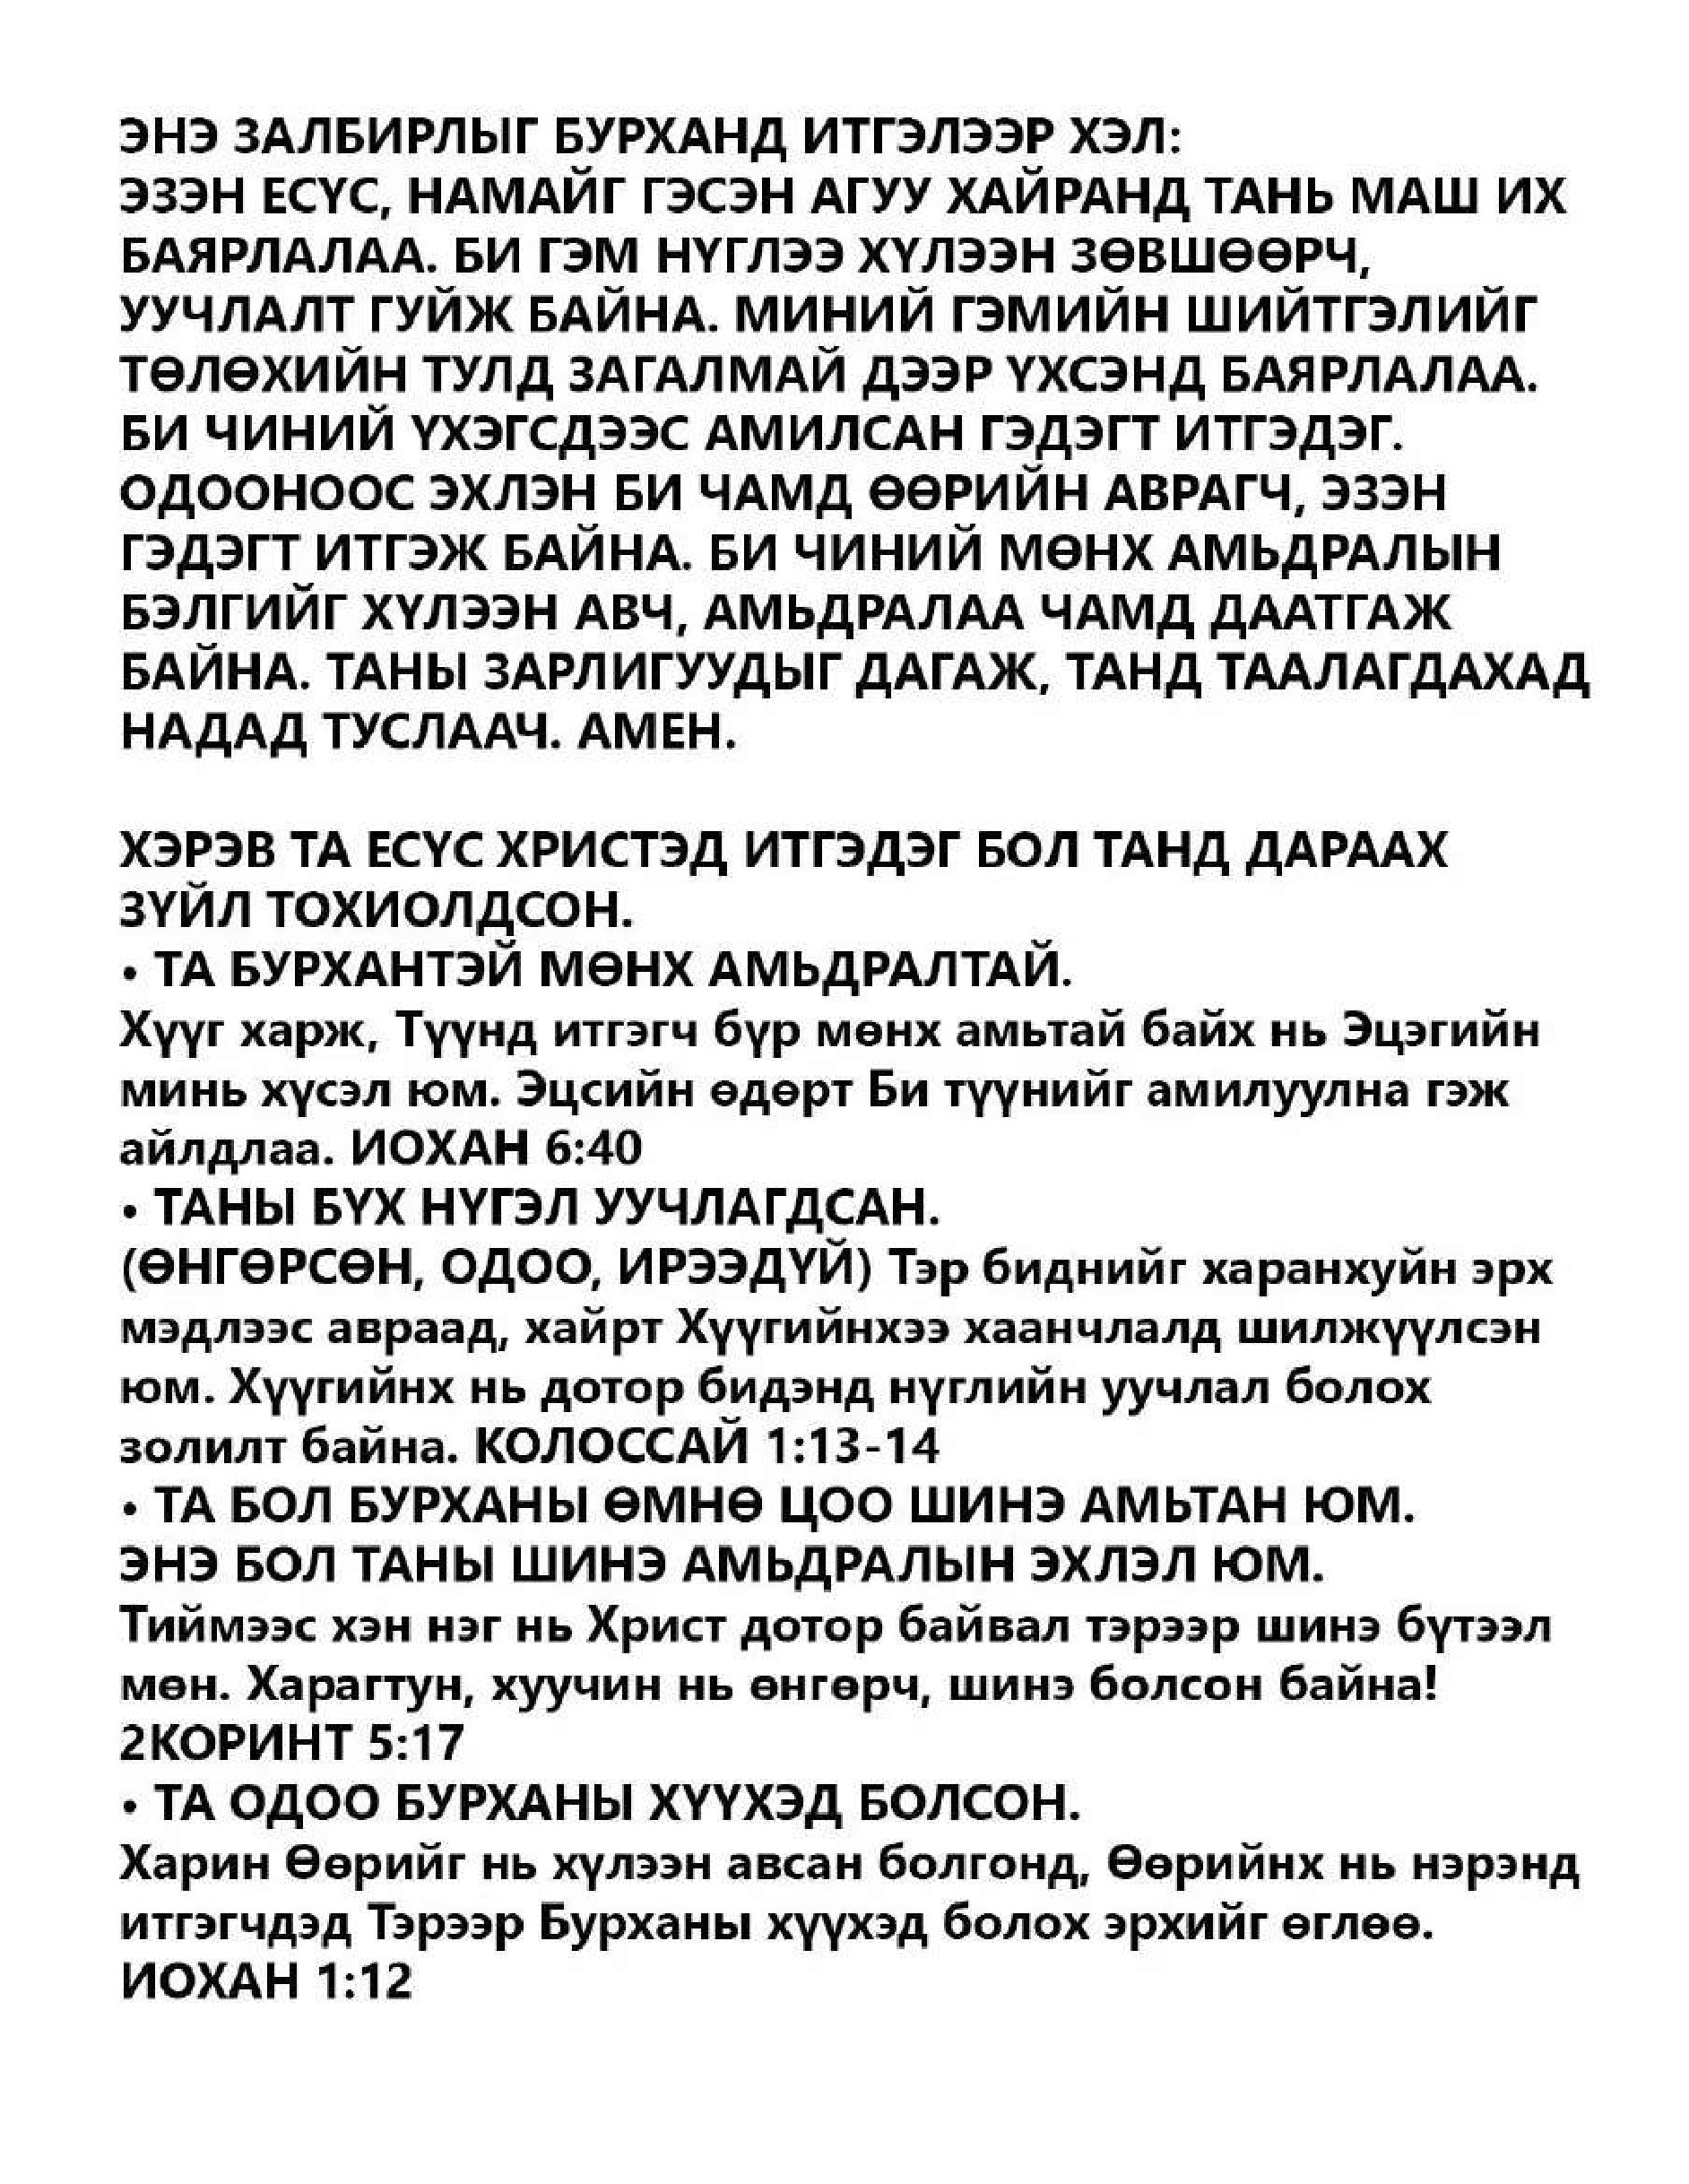
Language: mn